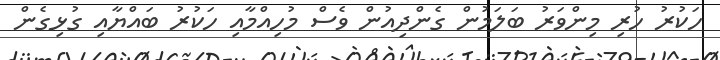
ހަކުރު ހުރި މިންވަރު ބަލަމުން ގެންދިއުން ވެސް މުހިއްމާއި ހަކުރު ބައްޔާއި ގުޅިގެން